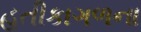
હતીકાગળના